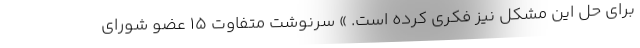
برای حل این مشکل نیز فکری کرده است. » سرنوشت متفاوت 15 عضو شورای